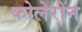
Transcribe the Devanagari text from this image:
कोलेरोन